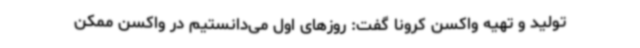
تولید و تهیه واکسن کرونا گفت: روزهای اول می‌دانستیم در واکسن ممکن